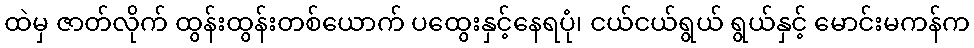
ထဲမှ ဇာတ်လိုက် ထွန်းထွန်းတစ်ယောက် ပထွေးနှင့်နေရပုံ၊ ငယ်ငယ်ရွယ် ရွယ်နှင့် မောင်းမကန်က